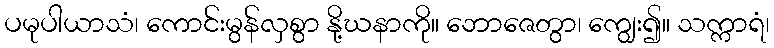
ပမုပါယာသံ၊ ကောင်းမွန်လှစွာ နို့ဃနာကို။ ဘောဇေတွာ၊ ကျွေး၍။ သက္ကာရံ၊